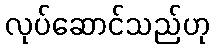
လုပ်ဆောင်သည်ဟု